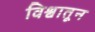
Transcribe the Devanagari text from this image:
विश्वातून